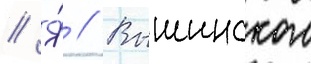
// Я́ // Вышинского